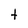
Character: t